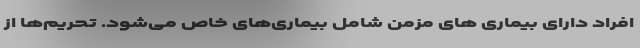
افراد دارای بیماری های مزمن شامل بیماری‌های خاص می‌شود. تحریم‌ها از